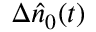
\Delta \hat { n } _ { 0 } ( t )